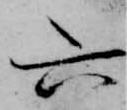
六